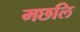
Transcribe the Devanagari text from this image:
मछलि